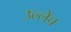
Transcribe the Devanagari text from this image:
उल्लेच